Indian journal of veterinary science and animal husbandry - Volumes 22-23, 1952-1953
Year: 1952
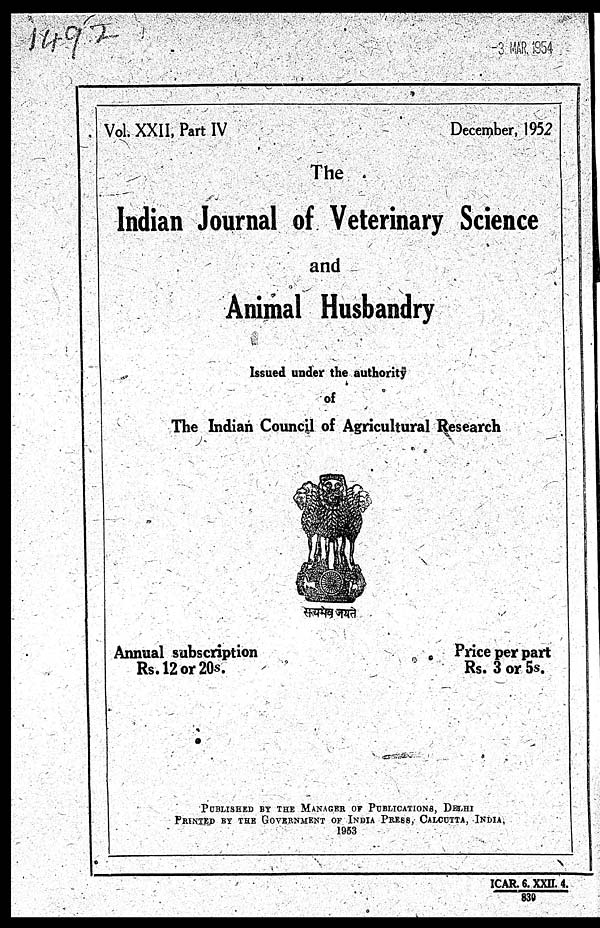
Vol. XXII, Part IV
December, 1952
The
Indian Journal of Veterinary Science
and
Animal Husbandry
Issued under the authority
of
The Indian Council of Agricultural Research
Annual subscription
Rs. 12 or 20s.
Price per part
Rs. 3 or 5s.
PUBLISHED BY THE MANAGER OF PUBLICATIONS, DELHI
PRINTED BY THE GOVERNMENT OF INDIA PRESS, CALCUTTA, INDIA,
1953
ICAR. 6. XXII. 4.
830